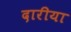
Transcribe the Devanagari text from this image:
दारीया